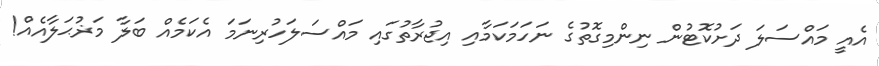
އެއީ މައްސަލަ ދަށުކޮޓުން ނިންމިގޮތުގެ ނަހަމަކަމާއި އިޖުރާތުގައި މައްސަލަހުރިނަމަ އެކަމެއް ބަލާ މަޜުޙަލާއެއް!